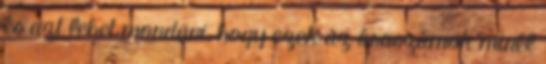
és azt lehet mondani, hogy ezek az óraszámok minél